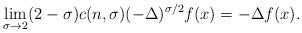
LaTeX: \begin{align*}\lim_{\sigma \rightarrow 2} (2-\sigma) c(n, \sigma) (-\Delta)^{\sigma/2} f(x) = - \Delta f(x).\end{align*}